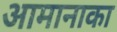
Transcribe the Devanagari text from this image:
आमानाका